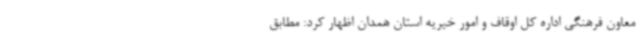
معاون فرهنگی اداره کل اوقاف و امور خیریه استان همدان اظهار کرد: مطابق